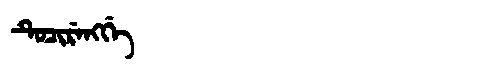
Manchu: ᡨᡠᠴᡳᡵᡝᠩᡤᡝ
Romanization: TUCIRENGGE